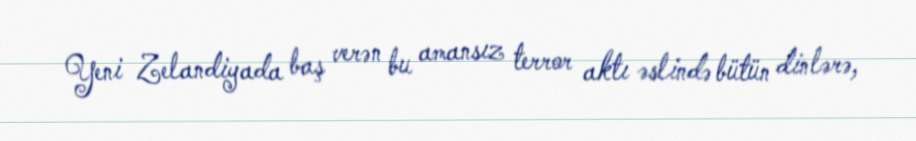
Yeni Zelandiyada baş verən bu amansız terror aktı əslində bütün dinlərə,